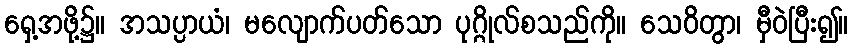
ရှေ့အဖို့၌။ အသပ္ပာယံ၊ မလျောက်ပတ်သော ပုဂ္ဂိုလ်စသည်ကို။ သေဝိတွာ၊ မှီဝဲပြီး၍။